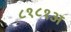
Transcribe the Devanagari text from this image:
८१८१अ